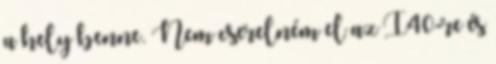
a hely benne. Nem cserelném el az I40-re és